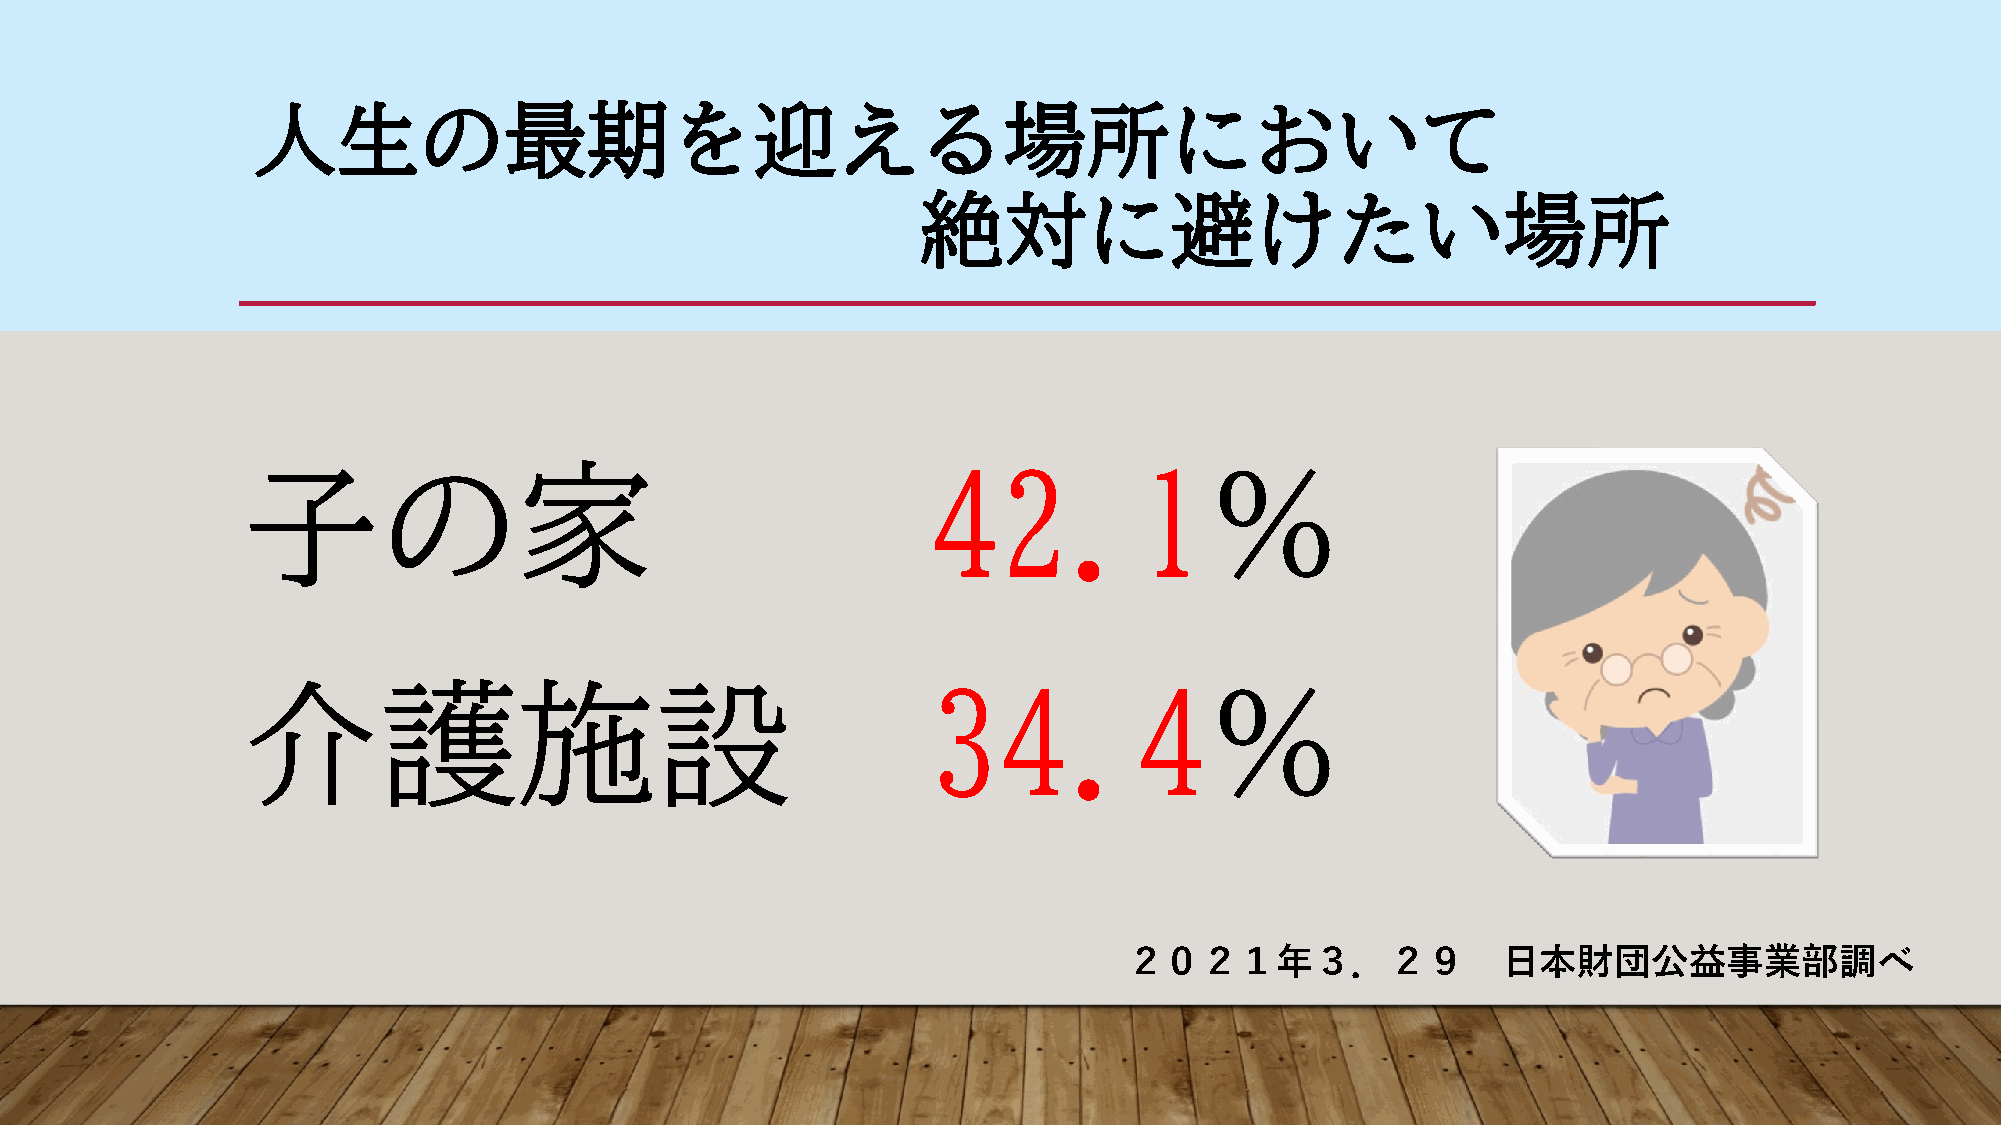
人生の最期を迎える場所において
 絶対に避けたい場所
 子の家                                           42.1％
 介護施設                                          34.4％
 ２０２１年３．２９               日本財団公益事業部調べ